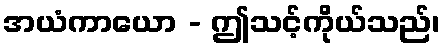
အယံကာယော - ဤသင့်ကိုယ်သည်၊